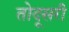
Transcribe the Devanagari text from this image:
तोदूसरी